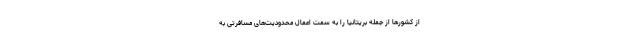
از کشورها از جمله بریتانیا را به سمت اعمال محدودیت‌های مسافرتی به